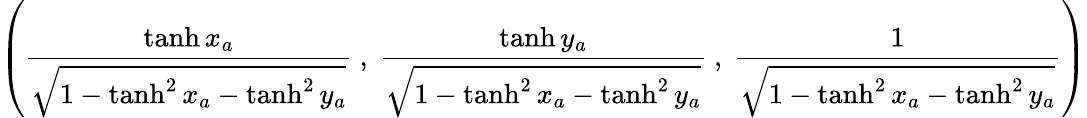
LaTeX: \left({\frac{\operatorname{tanh}x_{a}}{\sqrt{1-\operatorname{tanh}^{2}x_{a}-\operatorname{tanh}^{2}y_{a}}}}\ ,\ {\frac{\operatorname{tanh}y_{a}}{\sqrt{1-\operatorname{tanh}^{2}x_{a}-\operatorname{tanh}^{2}y_{a}}}}\ ,\ {\frac{1}{\sqrt{1-\operatorname{tanh}^{2}x_{a}-\operatorname{tanh}^{2}y_{a}}}}\right)